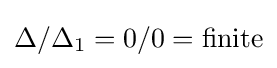
\Delta /\Delta _{1}=0/0={\text{finite}}